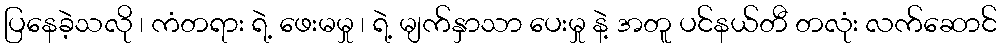
ပြနေခဲ့သလို ၊ ကံတရား ရဲ့ ဖေးမမှု ၊ ရဲ့ မျက်နှာသာ ပေးမှု နဲ့ အတူ ပင်နယ်တီ တလုံး လက်ဆောင်